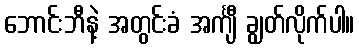
ဘောင်းဘီနဲ့ အတွင်းခံ အင်္ကျီ ချွတ်လိုက်ပါ။